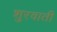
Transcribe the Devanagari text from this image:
शुरवाती